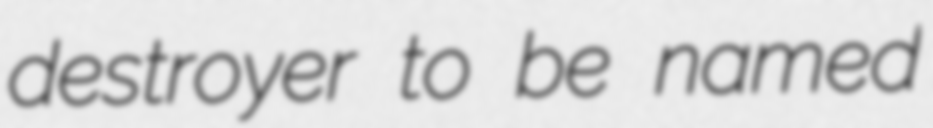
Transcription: destroyer to be named